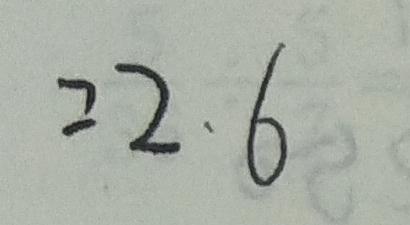
= 2 . 6